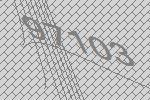
97103